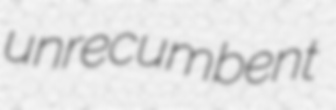
unrecumbent